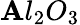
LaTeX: \mathbf{A}l_{2}O_{3}